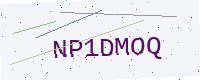
Text: NP1DMOQ